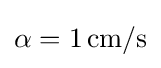
\alpha =1\,\mathrm {cm} /\mathrm {s}